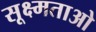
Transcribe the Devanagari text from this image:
सूक्ष्मताओ